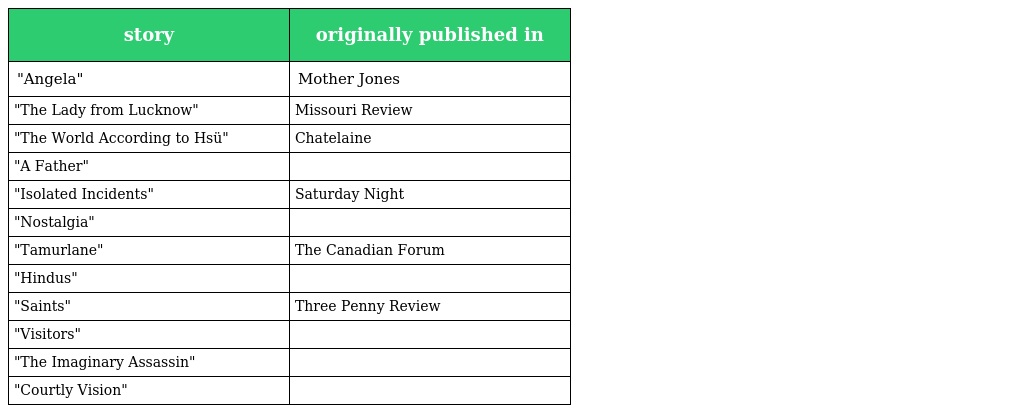
| story | originally published in |
 | --- | --- |
 | "Angela" | Mother Jones |
 | "The Lady from Lucknow" | Missouri Review |
 | "The World According to Hsü" | Chatelaine |
 | "A Father" |  |
 | "Isolated Incidents" | Saturday Night |
 | "Nostalgia" |  |
 | "Tamurlane" | The Canadian Forum |
 | "Hindus" |  |
 | "Saints" | Three Penny Review |
 | "Visitors" |  |
 | "The Imaginary Assassin" |  |
 | "Courtly Vision" |  |